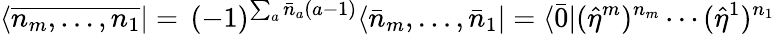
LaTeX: \langle\overline{{{n_{m},\ldots,n_{1}}}}|=\, (-1)^{\sum_{a}\bar{n}_{a}(a-1)}\langle\bar{n}_{m},\ldots,\bar{n}_{1}|=\langle\bar{0}|(\hat{\eta}^{m})^{n_{m}}\cdots(\hat{\eta}^{1})^{n_{1}}